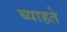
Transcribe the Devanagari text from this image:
ब्याहते